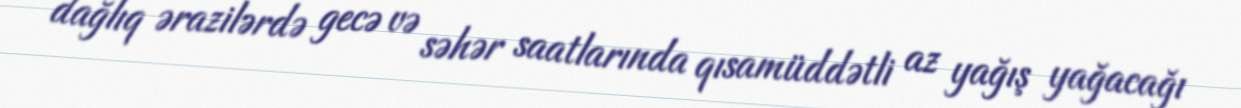
dağlıq ərazilərdə gecə və səhər saatlarında qısamüddətli az yağış yağacağı